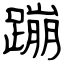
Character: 蹦